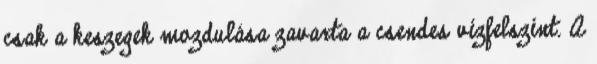
csak a keszegek mozdulása zavarta a csendes vízfelszínt. A